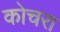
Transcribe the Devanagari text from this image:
कोचरा